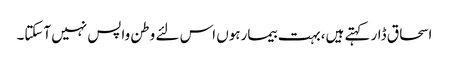
اسحاق ڈار کہتے ہیں،بہت بیمارہوں اس لئے وطن واپس نہیں آسکتا۔